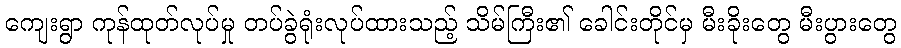
ကျေးရွာ ကုန်ထုတ်လုပ်မှု တပ်ခွဲရုံးလုပ်ထားသည့် သိမ်ကြီး၏ ခေါင်းတိုင်မှ မီးခိုးတွေ မီးပွားတွေ